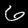
Label: 6